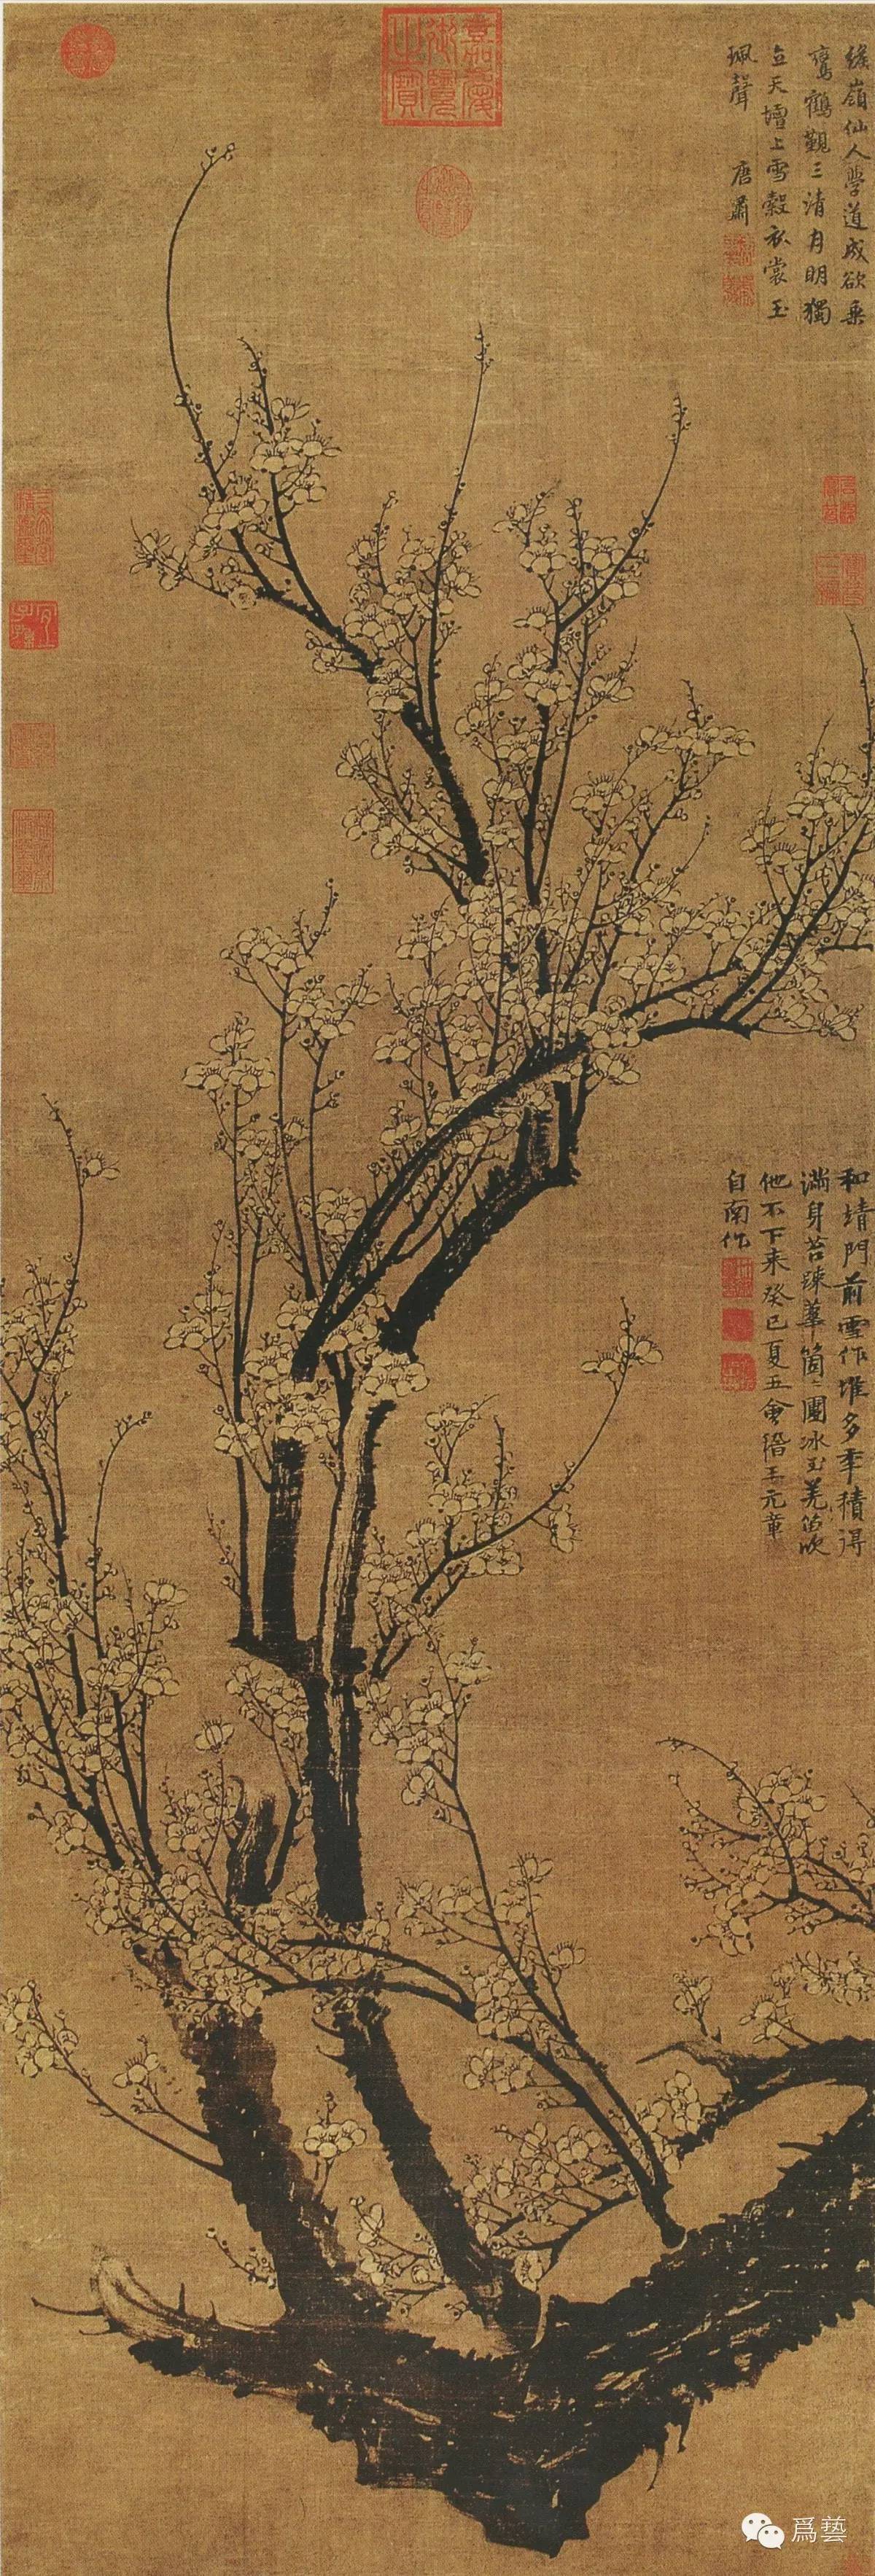
叹寄与路遥，夜雪初积。